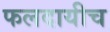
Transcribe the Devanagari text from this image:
फलदायीच